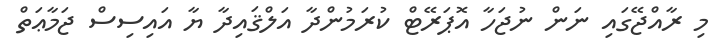
މި ރާއްޖޭގައި ނަން ނުޖަހާ އޮޕަރޭޓް ކުރަމުންދާ އަލްޤައިދާ ޔާ އައިސިސް ޖަމާޢަތް